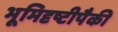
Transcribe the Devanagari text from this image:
भूमिदृष्टीपैकी